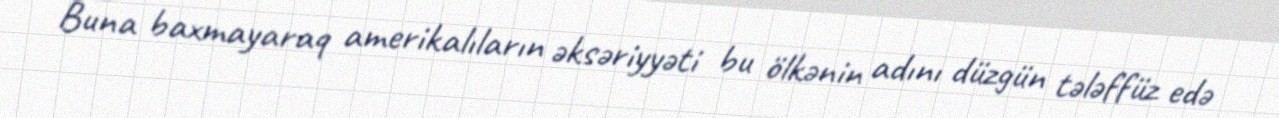
Buna baxmayaraq amerikalıların əksəriyyəti bu ölkənin adını düzgün tələffüz edə